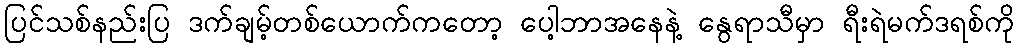
ပြင်သစ်နည်းပြ ဒက်ချမ့်တစ်ယောက်ကတော့ ပေါ့ဘာအနေနဲ့ နွေရာသီမှာ ရီးရဲမက်ဒရစ်ကို